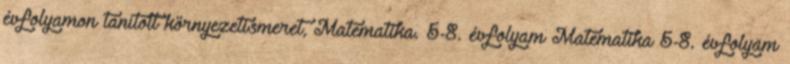
évfolyamon tanított környezetismeret, Matematika. 5-8. évfolyam Matematika 5-8. évfolyam